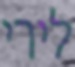
לירי